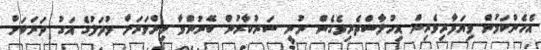
އެހެންކަމުން ވިޔަފާރިވެރިން އިހުލާސްތެރިވެގެން ނުނީ ސަރުކާރުން ބޭނުންވާ މިންްވަރަށް މުދަލުގެ އަގު ދަށަކަށް